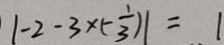
\vert - 2 - 3 \times ( - \frac { 1 } { 3 } ) \vert = 1